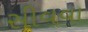
સીવવા